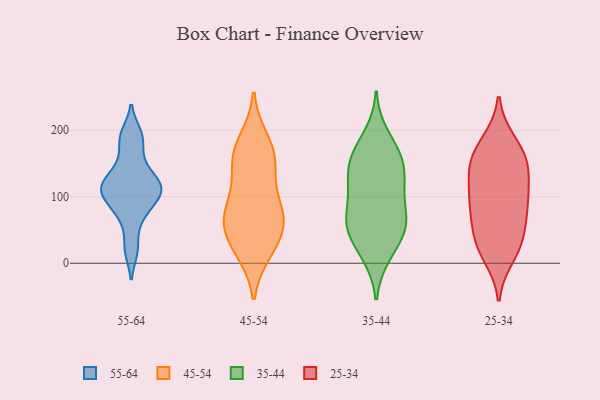
{"axis": {"x": "Backlog", "y": "Value"}, "legend": ["25-34", "35-44", "45-54", "55-64"], "data": [{"x": "", "y": 113, "type": "55-64"}, {"x": "", "y": 142, "type": "55-64"}, {"x": "", "y": 102, "type": "55-64"}, {"x": "", "y": 189, "type": "55-64"}, {"x": "", "y": 78, "type": "55-64"}, {"x": "", "y": 65, "type": "55-64"}, {"x": "", "y": 139, "type": "55-64"}, {"x": "", "y": 122, "type": "55-64"}, {"x": "", "y": 106, "type": "55-64"}, {"x": "", "y": 194, "type": "55-64"}, {"x": "", "y": 100, "type": "55-64"}, {"x": "", "y": 22, "type": "55-64"}, {"x": "", "y": 115, "type": "55-64"}, {"x": "", "y": 20, "type": "55-64"}, {"x": "", "y": 168, "type": "55-64"}, {"x": "", "y": 191, "type": "55-64"}, {"x": "", "y": 79, "type": "55-64"}, {"x": "", "y": 126, "type": "55-64"}, {"x": "", "y": 108, "type": "55-64"}, {"x": "", "y": 111, "type": "55-64"}, {"x": "", "y": 156, "type": "45-54"}, {"x": "", "y": 61, "type": "45-54"}, {"x": "", "y": 99, "type": "45-54"}, {"x": "", "y": 60, "type": "45-54"}, {"x": "", "y": 86, "type": "45-54"}, {"x": "", "y": 18, "type": "45-54"}, {"x": "", "y": 173, "type": "45-54"}, {"x": "", "y": 72, "type": "45-54"}, {"x": "", "y": 151, "type": "45-54"}, {"x": "", "y": 20, "type": "45-54"}, {"x": "", "y": 185, "type": "45-54"}, {"x": "", "y": 66, "type": "45-54"}, {"x": "", "y": 36, "type": "45-54"}, {"x": "", "y": 144, "type": "45-54"}, {"x": "", "y": 12, "type": "35-44"}, {"x": "", "y": 158, "type": "35-44"}, {"x": "", "y": 176, "type": "35-44"}, {"x": "", "y": 49, "type": "35-44"}, {"x": "", "y": 194, "type": "35-44"}, {"x": "", "y": 50, "type": "35-44"}, {"x": "", "y": 137, "type": "35-44"}, {"x": "", "y": 138, "type": "35-44"}, {"x": "", "y": 160, "type": "35-44"}, {"x": "", "y": 83, "type": "35-44"}, {"x": "", "y": 61, "type": "35-44"}, {"x": "", "y": 108, "type": "35-44"}, {"x": "", "y": 157, "type": "35-44"}, {"x": "", "y": 62, "type": "35-44"}, {"x": "", "y": 122, "type": "35-44"}, {"x": "", "y": 49, "type": "35-44"}, {"x": "", "y": 10, "type": "35-44"}, {"x": "", "y": 88, "type": "35-44"}, {"x": "", "y": 50, "type": "35-44"}, {"x": "", "y": 115, "type": "35-44"}, {"x": "", "y": 137, "type": "25-34"}, {"x": "", "y": 101, "type": "25-34"}, {"x": "", "y": 65, "type": "25-34"}, {"x": "", "y": 70, "type": "25-34"}, {"x": "", "y": 47, "type": "25-34"}, {"x": "", "y": 118, "type": "25-34"}, {"x": "", "y": 100, "type": "25-34"}, {"x": "", "y": 26, "type": "25-34"}, {"x": "", "y": 20, "type": "25-34"}, {"x": "", "y": 154, "type": "25-34"}, {"x": "", "y": 160, "type": "25-34"}, {"x": "", "y": 184, "type": "25-34"}, {"x": "", "y": 82, "type": "25-34"}, {"x": "", "y": 10, "type": "25-34"}, {"x": "", "y": 149, "type": "25-34"}, {"x": "", "y": 32, "type": "25-34"}, {"x": "", "y": 151, "type": "25-34"}, {"x": "", "y": 100, "type": "25-34"}, {"x": "", "y": 180, "type": "25-34"}]}